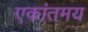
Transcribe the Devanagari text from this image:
एकांतमय